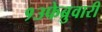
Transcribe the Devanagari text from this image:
१३फेब्रुवारी